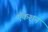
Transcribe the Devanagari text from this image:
ऍकशन